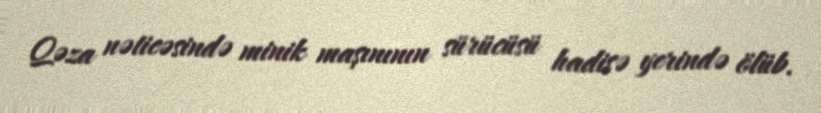
Qəza nəticəsində minik maşınının sürücüsü hadisə yerində ölüb.